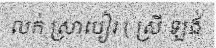
លក់ ស្រាបៀរ ( ស្រី ឡង់